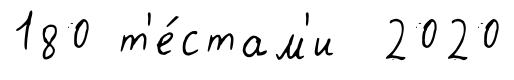
180 т'е́стам'и 2020